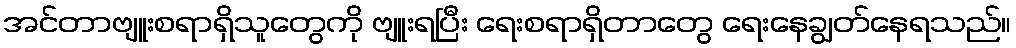
အင်တာဗျူးစရာရှိသူတွေကို ဗျူးရပြီး ရေးစရာရှိတာတွေ ရေးနေချွတ်နေရသည်။